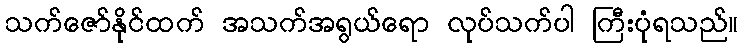
သက်ဇော်နိုင်ထက် အသက်အရွယ်ရော လုပ်သက်ပါ ကြီးပုံရသည်။